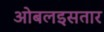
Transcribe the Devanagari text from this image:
ओबलइसतार